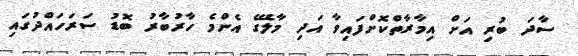
ސާދަ ބުރި އަށް އިމާރާތްކޮށްފައިވާ އަދި މާލޭގެ އެންމެ ހާރުބާރު ބޮޑު ސަރަހައްދުގައި